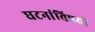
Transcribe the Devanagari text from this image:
घटनांविषयी